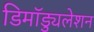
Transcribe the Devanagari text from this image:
डिमॉड्युलेशन